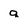
Character: q